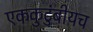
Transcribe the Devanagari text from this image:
एककुटुंबीयच